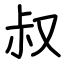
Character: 叔